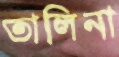
তালিনা